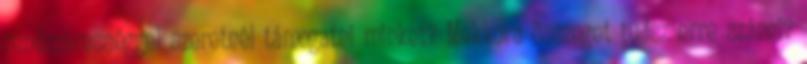
rendszerességgel szeretnél támogatni minket? Mekkora összeget tudsz erre szánni?